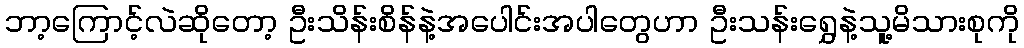
ဘာ့ကြောင့်လဲဆိုတော့ ဦးသိန်းစိန်နဲ့အပေါင်းအပါတွေဟာ ဦးသန်းရွှေနဲ့သူ့မိသားစုကို